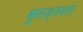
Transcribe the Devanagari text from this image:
मुतज़्लवाद